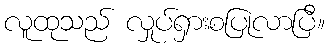
လူထုသည် လှုပ်ရှားစပြုလာပြီ။